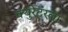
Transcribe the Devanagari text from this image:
क्युरेटरला